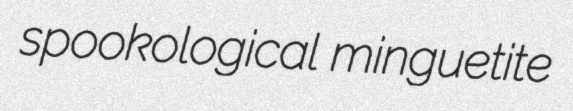
spookological minguetite